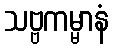
သဗ္ဗကမ္မာနံ